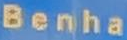
Benha